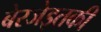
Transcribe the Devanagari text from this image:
बेरजेइतकी